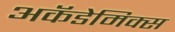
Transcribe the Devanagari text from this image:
अकॅडेमिक्स